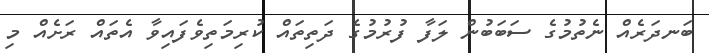
ބަނދަރެއް ނެތުމުގެ ސަބަބުން ލަފާ ފުރުމުގެ ދަތިތައް ކުރިމަތިވެފައިވާ އެތައް ރަށެއް މި